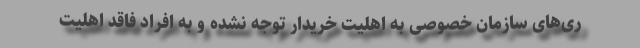
ری‌های سازمان خصوصی به اهلیت خریدار توجه نشده و به افراد فاقد اهلیت